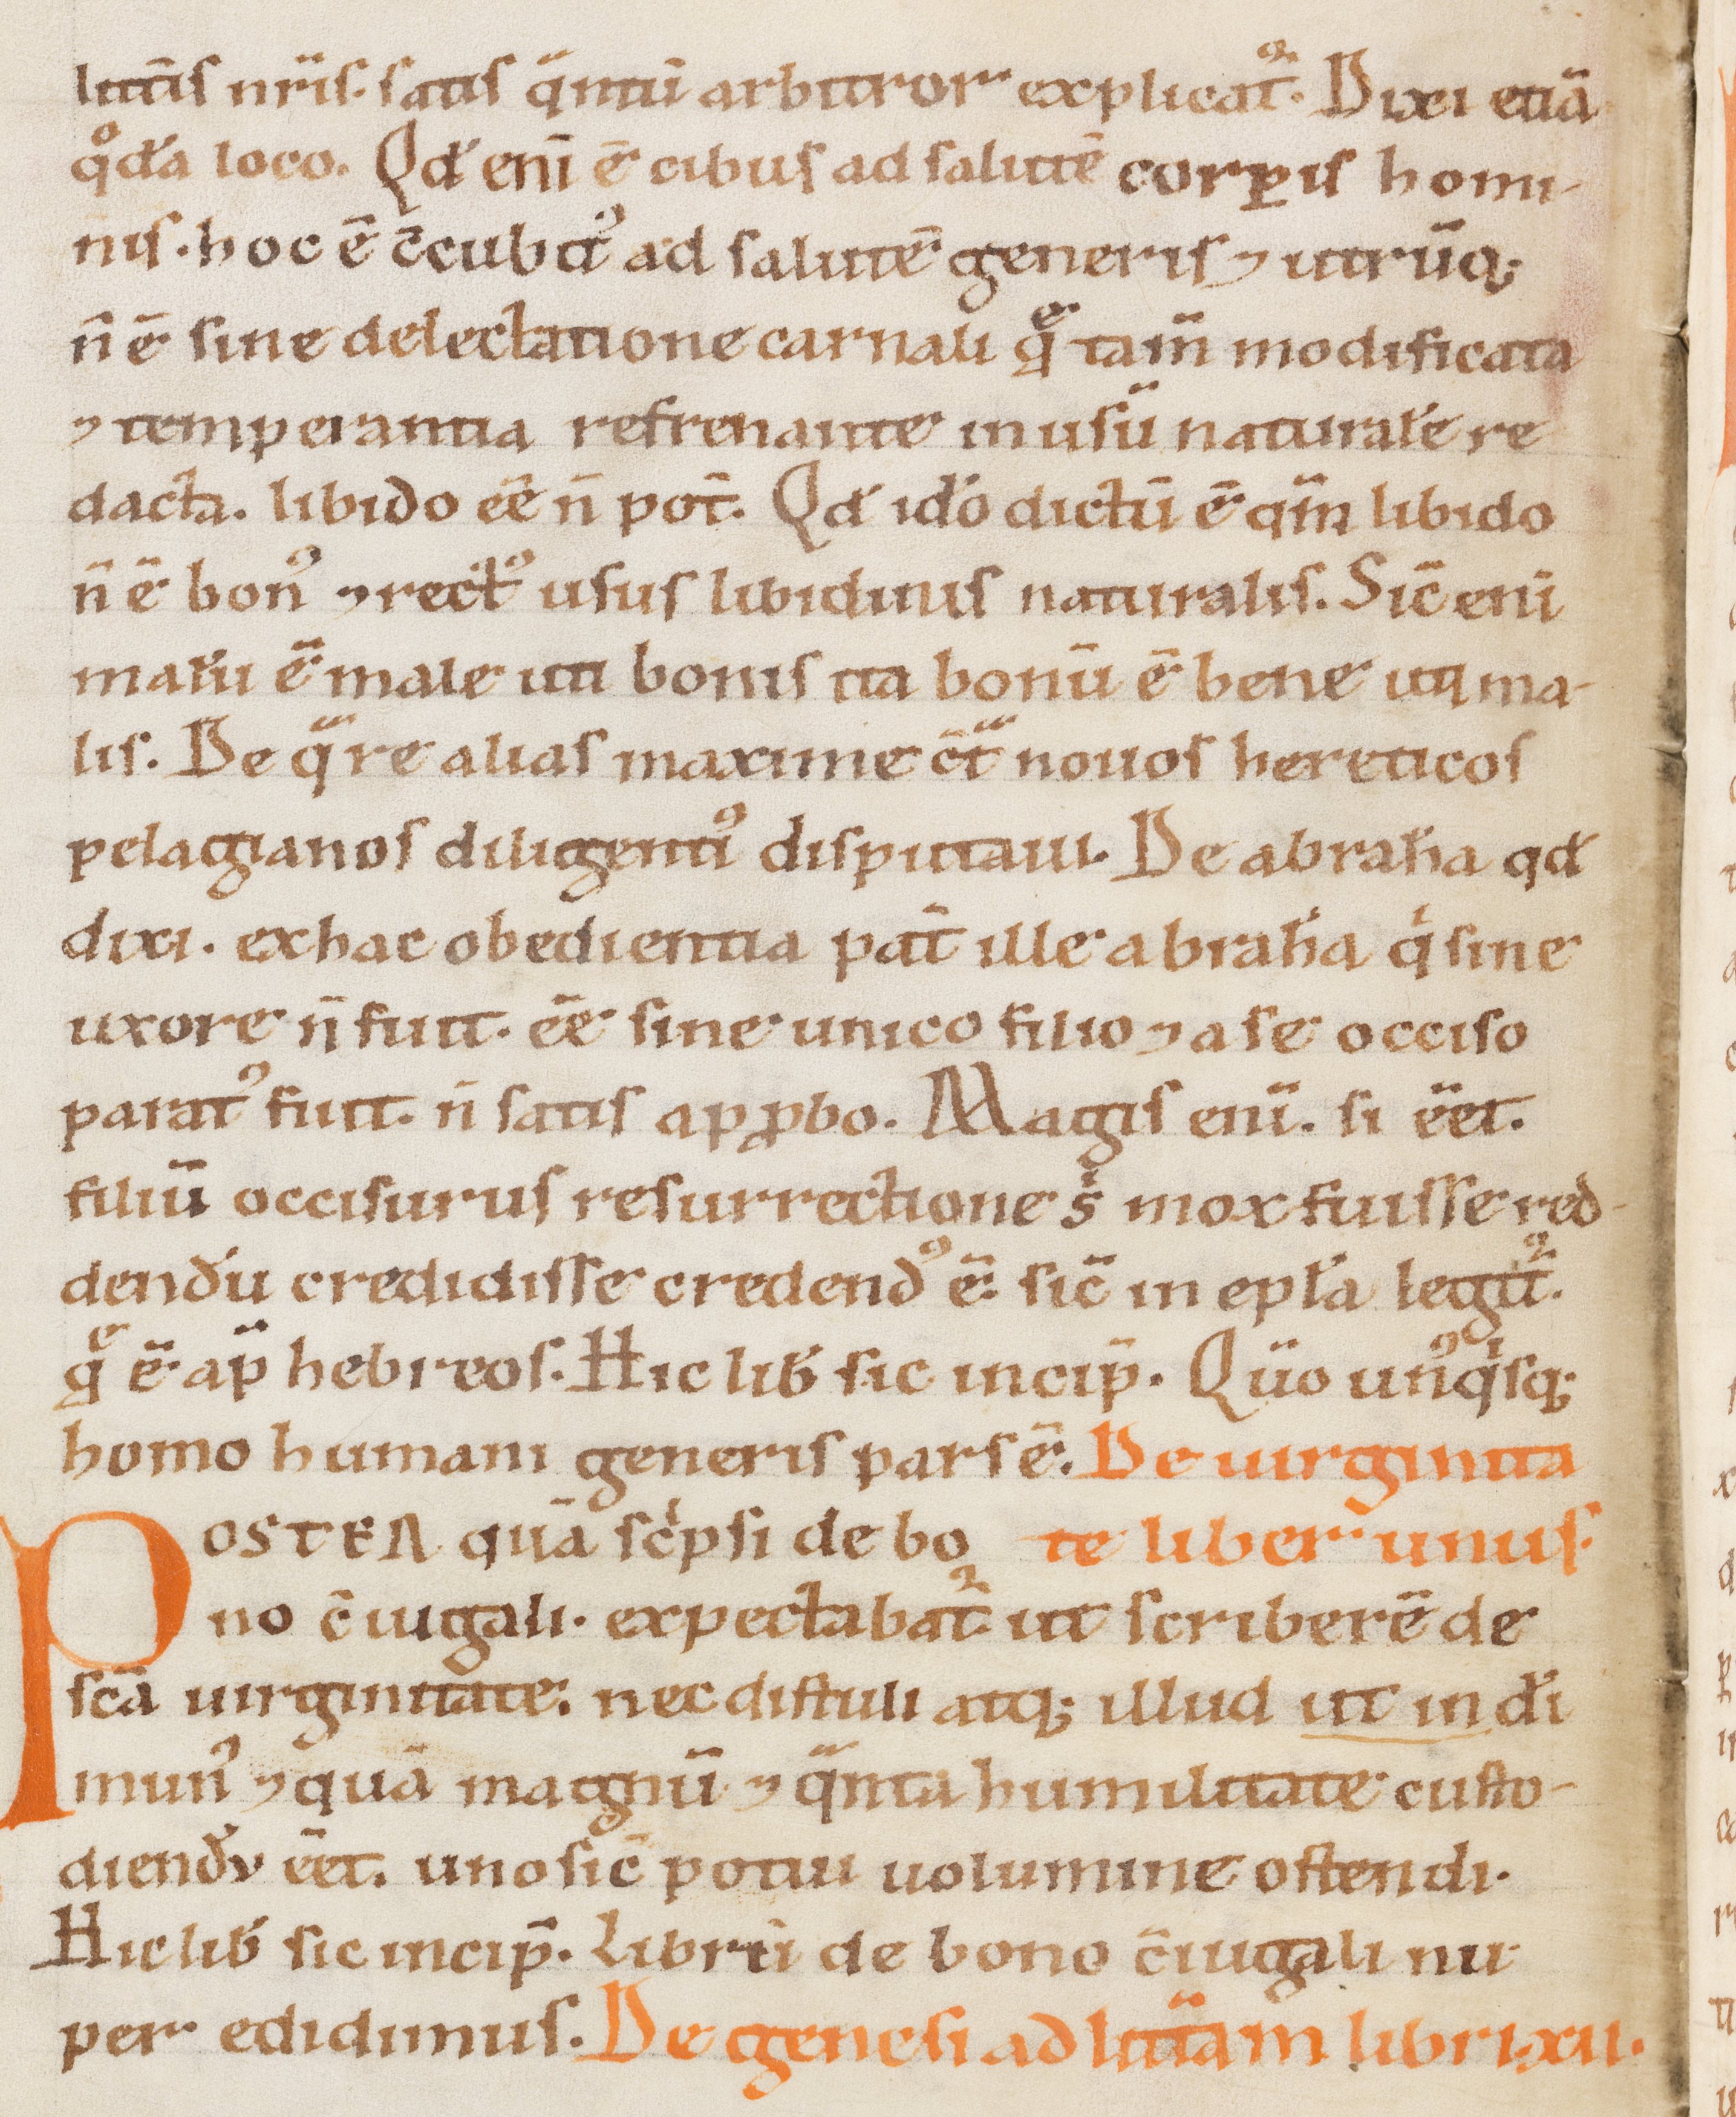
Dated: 1100–1199